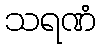
သရဏံ